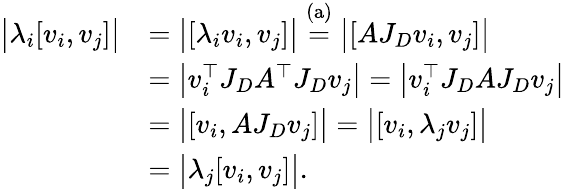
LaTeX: \begin{array}{rl}{\big|\lambda_{i}[v_{i},v_{j}]\big|}&{=\big|[\lambda_{i}v_{i},v_{j}]\big|\stackrel{\mathrm{(a)}}{=}\big|[AJ_{D}v_{i},v_{j}]\big|}\\ &{=\big|v_{i}^{\top}J_{D}A^{\top}J_{D}v_{j}\big|=\big|v_{i}^{\top}J_{D}AJ_{D}v_{j}\big|}\\ &{=\big|[v_{i},AJ_{D}v_{j}]\big|=\big|[v_{i},\lambda_{j}v_{j}]\big|}\\ &{=\big|\lambda_{j}[v_{i},v_{j}]\big|.}\end{array}